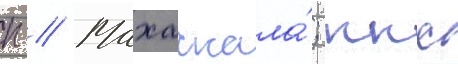
п // Махачкала́; ккс